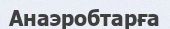
Анаэробтарға